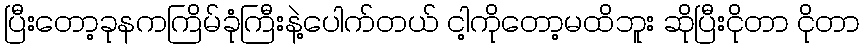
ပြီးတော့ခုနကကြိမ်ခုံကြီးနဲ့ပေါက်တယ် ငါ့ကိုတော့မထိဘူး ဆိုပြီးငိုတာ ငိုတာ